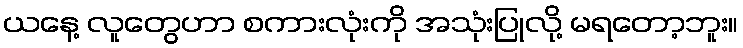
ယနေ့ လူတွေဟာ စကားလုံးကို အသုံးပြုလို့ မရတော့ဘူး။